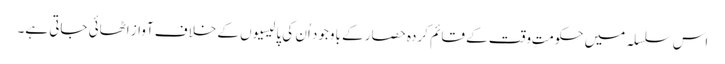
اس سلسلہ میں حکومتِ وقت کے قائم کردہ حصار کے باوجود اُن کی پالیسیوں کے خلاف آواز اٹھائی جاتی ہے۔